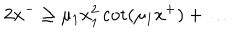
2 x ^ { - } \ge \mu _ { 1 } x _ { 1 } ^ { 2 } \cot ( \mu _ { 1 } x ^ { + } ) + \ldots